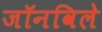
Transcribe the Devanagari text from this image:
जॉनविले